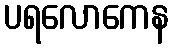
ပရလောကေန